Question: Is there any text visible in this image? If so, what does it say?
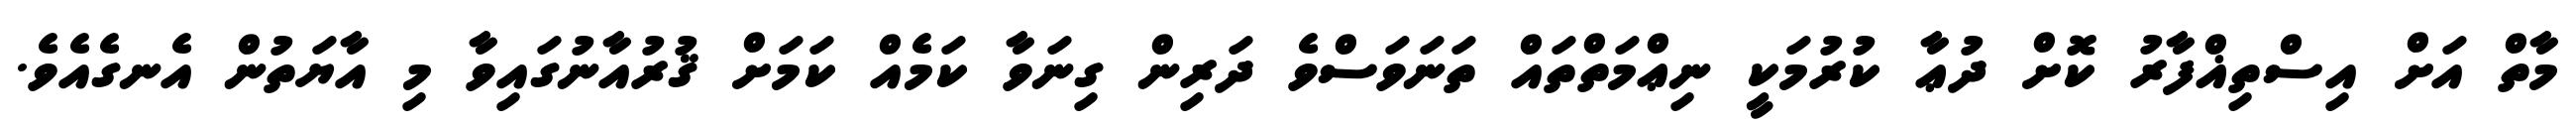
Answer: މާތް އަށް އިސްތިޣްފާރު ކޮށް ދުޢާ ކުރުމަކީ ނިޢްމަތްތައް ތަނަވަސްވެ ދަރިން ގިނަވާ ކަމެއް ކަމަށް ޤުރުއާނުގައިވާ މި އާޔަތުން އެނގެއެވެ.